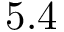
5 . 4